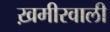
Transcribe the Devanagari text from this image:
ख़मीरवाली